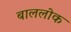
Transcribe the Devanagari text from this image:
बाललोक